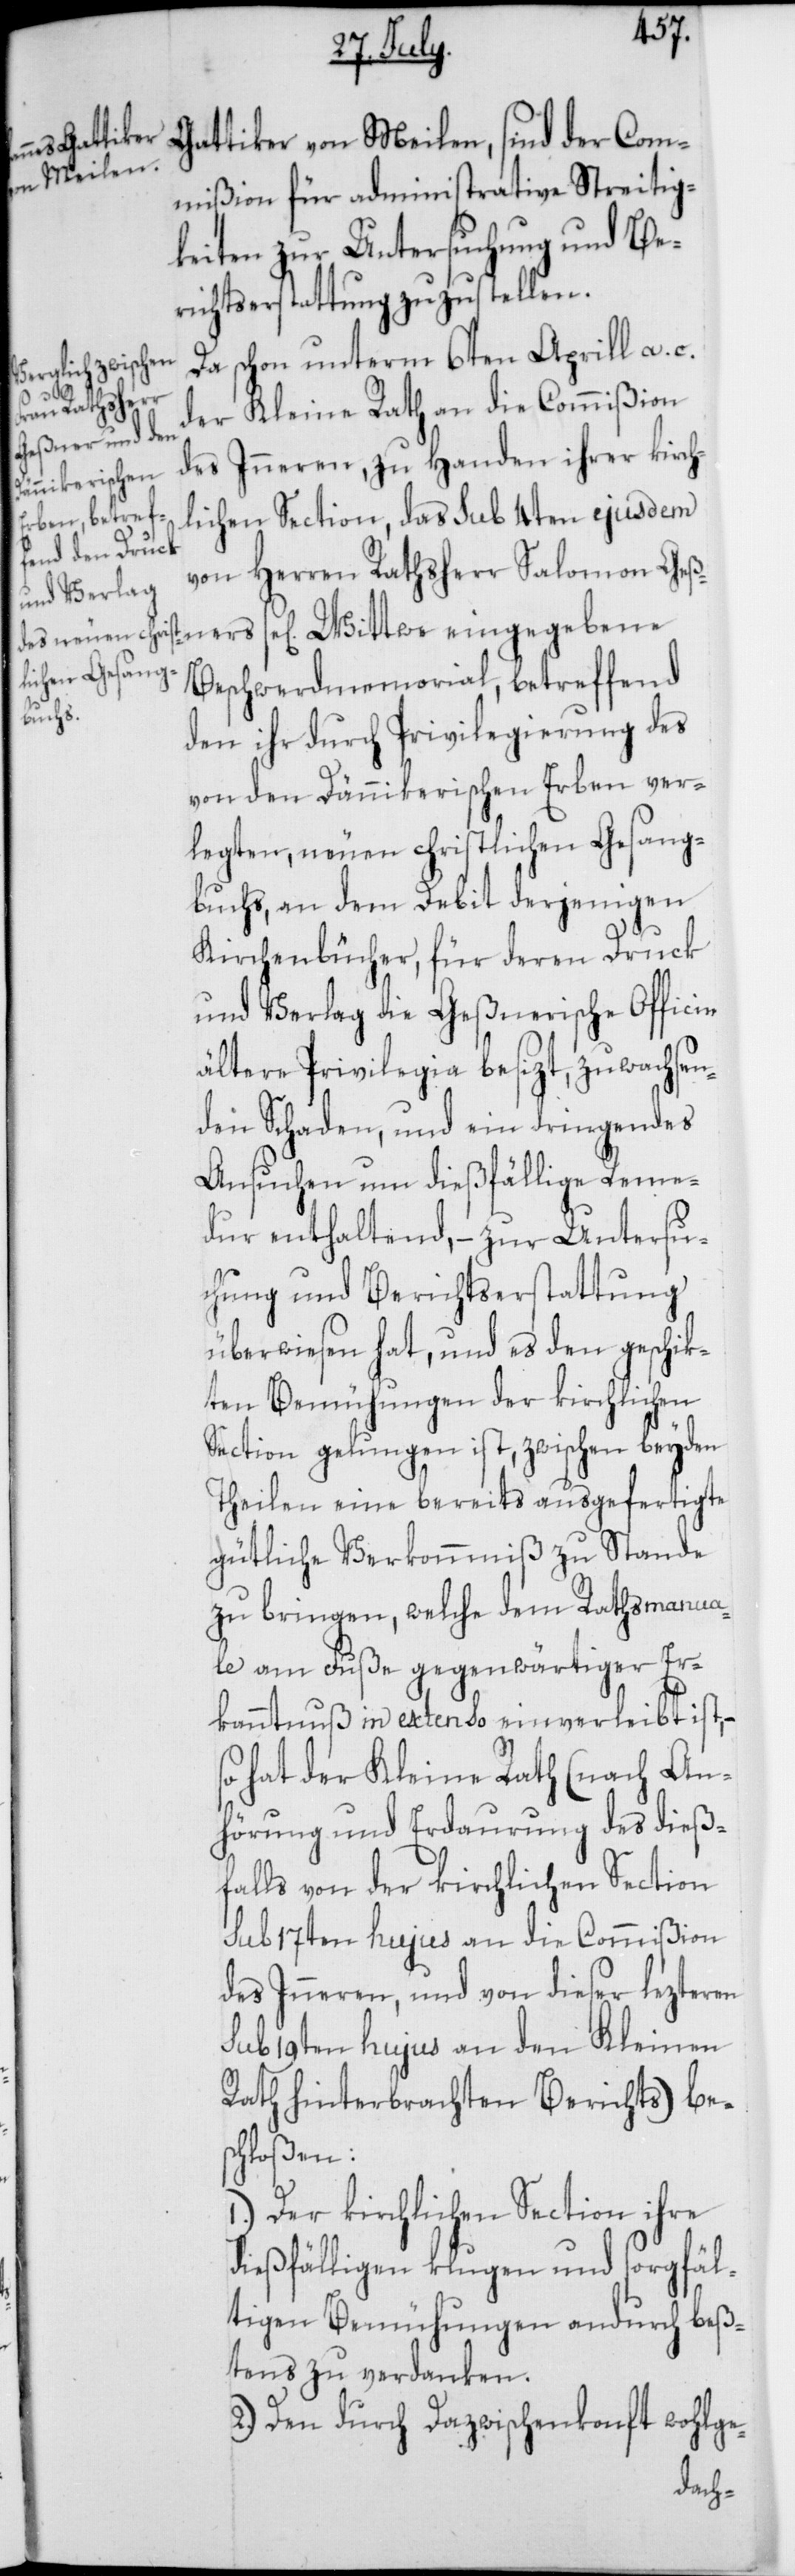
ers se[lig]
Gattiker von Meilen, sind der Com¬
mißion für administrative Streitig¬
keiten zur Untersuchung und Be¬
richtserstattung zuzustellen.
Da schon unterm 6ten Aprill a. c.
der Kleine Rath an die Commißion
des Inneren, zu Handen ihrer kirch¬
lichen Section, das sub 4ten ejusdem
von Herren Rathsherr Salomon Geßn¬
Beschwerdmemorial, betreffend
den ihr durch Privilegierung des
von den Dännikerischen Erben ver¬
legten, neuen christlichen Gesang¬
buchs, an dem Debit derjenigen
Kirchenbücher, für deren Druck
und Verlag die Geßnerische Officin
ältere Privilegia besizt, zuwachsen¬
den Schaden, und ein dringendes
Ansuchen um dießfällige Reme¬
dur enthaltend, – zur Untersu¬
chung und Berichtserstattung
überwiesen hat, und es den geschik¬
ten Bemühungen der kirchlichen
Section gelungen ist, zwischen beyden
Theilen eine bereits ausgefertigte
gütliche Verkommniß zu Stande
zu bringen, welche dem Rathsmanua¬
le am Fuße gegenwärtiger Er¬
kanntnuß in extenso einverleibt ist, –
so hat der Kleine Rath (nach An¬
hörung und Erdaurung des dieß¬
falls von der kirchlichen Section
sub 17ten hujus an die Commißion
des Inneren, und von dieser lezteren
sub 19ten hujus an den Kleinen
Rath hinterbrachten Berichts) be¬
schloßen:
1.) Der kirchlichen Section ihre
dießfälligen klugen und sorgfäl¬
tigen Bemühungen andurch beß¬
tens zu verdanken.
2.) Den durch Dazwischenkonft wohlge-